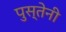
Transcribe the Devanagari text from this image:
पुस्तेनी